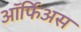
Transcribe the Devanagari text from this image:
ऑर्फिअस